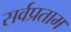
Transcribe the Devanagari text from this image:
सर्वप्रताम